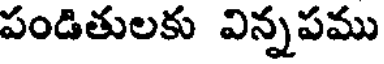
పండితులకు విన్నపము